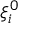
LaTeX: \xi _ { i } ^ { 0 }